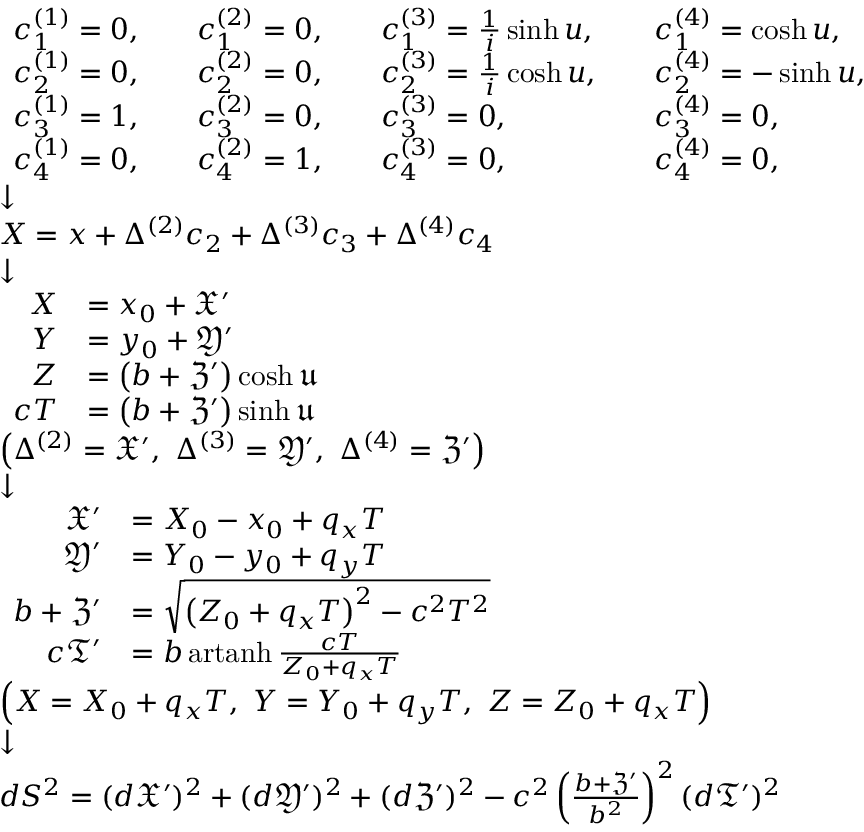
\scriptstyle { \begin{array} { l } { { \begin{array} { l l l l l l l } { c _ { 1 } ^ { ( 1 ) } = 0 , } & & { c _ { 1 } ^ { ( 2 ) } = 0 , } & & { c _ { 1 } ^ { ( 3 ) } = { \frac { 1 } { i } } \sinh u , } & & { c _ { 1 } ^ { ( 4 ) } = \cosh u , } \\ { c _ { 2 } ^ { ( 1 ) } = 0 , } & & { c _ { 2 } ^ { ( 2 ) } = 0 , } & & { c _ { 2 } ^ { ( 3 ) } = { \frac { 1 } { i } } \cosh u , } & & { c _ { 2 } ^ { ( 4 ) } = - \sinh u , } \\ { c _ { 3 } ^ { ( 1 ) } = 1 , } & & { c _ { 3 } ^ { ( 2 ) } = 0 , } & & { c _ { 3 } ^ { ( 3 ) } = 0 , } & & { c _ { 3 } ^ { ( 4 ) } = 0 , } \\ { c _ { 4 } ^ { ( 1 ) } = 0 , } & & { c _ { 4 } ^ { ( 2 ) } = 1 , } & & { c _ { 4 } ^ { ( 3 ) } = 0 , } & & { c _ { 4 } ^ { ( 4 ) } = 0 , } \end{array} } } \\ { { \boldsymbol { \downarrow } } } \\ { X = x + \Delta ^ { ( 2 ) } c _ { 2 } + \Delta ^ { ( 3 ) } c _ { 3 } + \Delta ^ { ( 4 ) } c _ { 4 } } \\ { { \boldsymbol { \downarrow } } } \\ { { \begin{array} { r l } { X } & { = x _ { 0 } + { \mathfrak { X } } ^ { \prime } } \\ { Y } & { = y _ { 0 } + { \mathfrak { Y } } ^ { \prime } } \\ { Z } & { = \left( b + { \mathfrak { Z } } ^ { \prime } \right) \cosh { \mathfrak { u } } } \\ { c T } & { = \left( b + { \mathfrak { Z } } ^ { \prime } \right) \sinh { \mathfrak { u } } } \end{array} } } \\ { \left( \Delta ^ { ( 2 ) } = { \mathfrak { X } } ^ { \prime } , \ \Delta ^ { ( 3 ) } = { \mathfrak { Y } } ^ { \prime } , \ \Delta ^ { ( 4 ) } = { \mathfrak { Z } } ^ { \prime } \right) } \\ { { \boldsymbol { \downarrow } } } \\ { { \begin{array} { r l } { { \mathfrak { X } } ^ { \prime } } & { = X _ { 0 } - x _ { 0 } + q _ { x } T } \\ { { \mathfrak { Y } } ^ { \prime } } & { = Y _ { 0 } - y _ { 0 } + q _ { y } T } \\ { b + { \mathfrak { Z } } ^ { \prime } } & { = { \sqrt { \left( Z _ { 0 } + q _ { x } T \right) ^ { 2 } - c ^ { 2 } T ^ { 2 } } } } \\ { c { \mathfrak { T } } ^ { \prime } } & { = b \operatorname { a r t a n h } { \frac { c T } { Z _ { 0 } + q _ { x } T } } } \end{array} } } \\ { \left( X = X _ { 0 } + q _ { x } T , \ Y = Y _ { 0 } + q _ { y } T , \ Z = Z _ { 0 } + q _ { x } T \right) } \\ { { \boldsymbol { \downarrow } } } \\ { d S ^ { 2 } = ( d { \mathfrak { X } } ^ { \prime } ) ^ { 2 } + ( d { \mathfrak { Y } } ^ { \prime } ) ^ { 2 } + ( d { \mathfrak { Z } } ^ { \prime } ) ^ { 2 } - c ^ { 2 } \left( { \frac { b + { \mathfrak { Z } } ^ { \prime } } { b ^ { 2 } } } \right) ^ { 2 } ( d { \mathfrak { T } } ^ { \prime } ) ^ { 2 } } \end{array} }